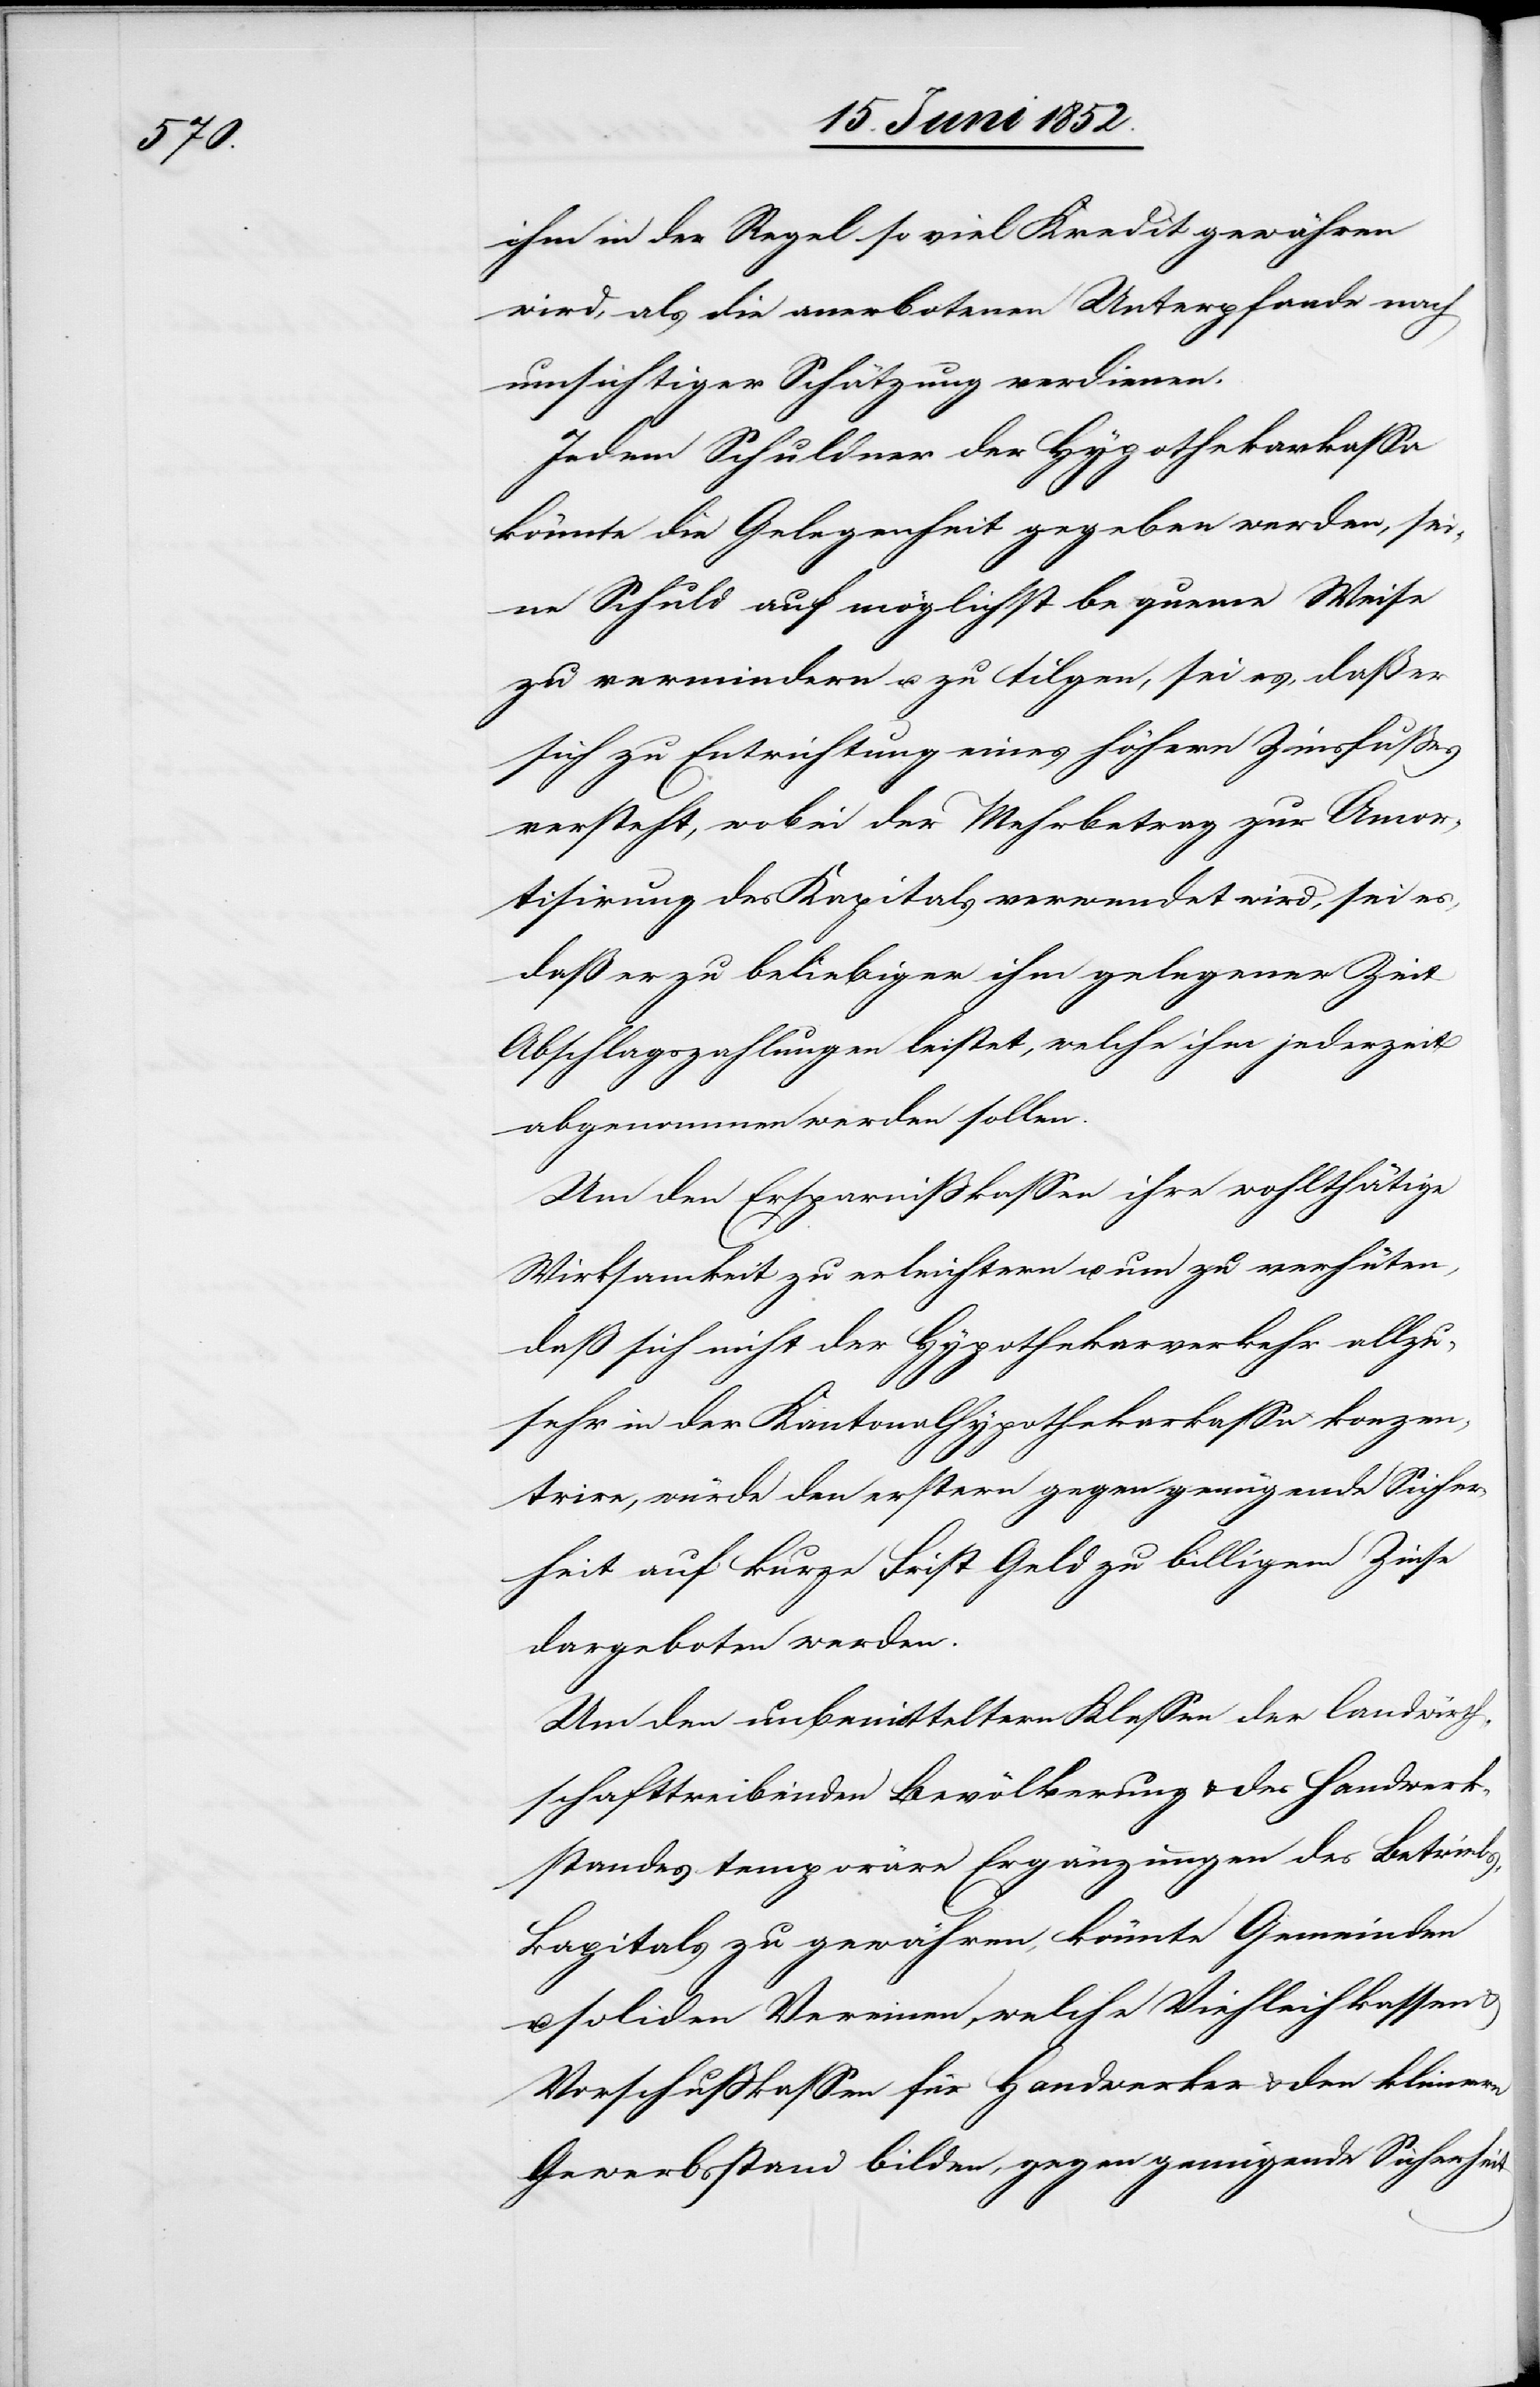
ihm in der Regel so viel Kredit gewähren
wird, als die anerbotenen Unterpfande nach
umsichtiger Schätzung verdienen.
Jedem Schuldner der Hypothekarkassa
könnte die Gelegenheit gegeben werden, sei¬
ne Schuld auf möglichst bequeme Weise
zu vermindern u. zu tilgen, sei es, daß er
sich zu Entrichtung eines höhern Zinsfußes
versteht, wobei der Mehrbetrag zur Amor¬
tisirung des Kapitals verwendet wird, sei es,
daß er zu beliebiger ihm gelegener Zeit
Abschlagszahlungen leistet, welche ihm jederzeit
abgenommen werden sollen.
Um den Ersparnißkassen ihre wohlthätige
Wirksamkeit zu erleichtern u. um zu verhüten,
dass sich nicht der Hypothekarverkehr allzu¬
sehr in der Kantonalhypothekarkassa konzen¬
trire, würde den erstern gegen genügende Sicher¬
heit auf kurze Frist Geld zu billigem Zinse
dargeboten werden.
Um den unbemitteltern Klassen der landwirth¬
schafttreibenden Bevölkerung & des Handwerk¬
standes temporäre Ergänzungen des Betriebs¬
kapitals zu gewähren, könnte Gemeinden
soliden Vereinen, welche Viehleihkassen
Vorschußkassen für Handwerker & den kleinern
Gewerbsstand bilden, gegen genügende Sicherheit